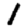
Digit: 1